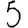
Digit: 5